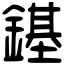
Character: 䥓